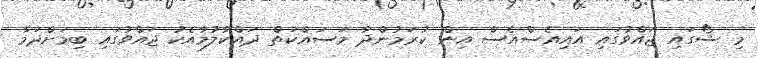
މި ޝޯގައި ޖައްވުގައި އައިއެސްއެސް އިން ކުރަމުންދާ މަސައްކަތް ދައްކާލުމާއެކު ޖައްވުގައި ބިމަށްދަމާ